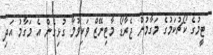
ޓީމުގެ ކޯޗުކަމުގެ މަގާމުން ޖެރާޑޯ މާޓިނޭޒް ވަކިވުމާ ގުޅިގެން އެ މަގާމު އަދި